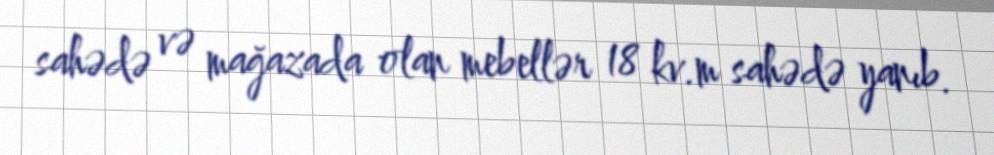
sahədə və mağazada olan mebellər 18 kv.m sahədə yanıb.